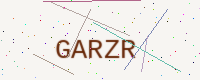
Text: GARZR